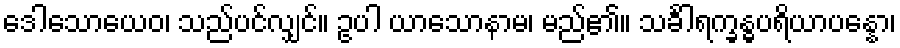
ဒေါသောယေဝ၊ သည်ပင်လျှင်။ ဥပါ ယာသောနာမ၊ မည်၏။ သင်္ခါရက္ခန္ဓပရိယာပန္နော၊